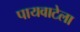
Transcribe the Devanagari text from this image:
पायवाटेला